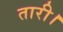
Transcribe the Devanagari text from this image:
तारी।